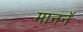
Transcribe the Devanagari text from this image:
माननॅ